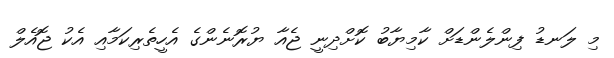
މި ލަނޑު ފިންލެންޑަށް ކާމިޔާބު ކޮށްދިނީ ޖެއާ ޔުރޮނެންގެ އެހީތެރިކަމާއި އެކު ޖޮއެލް